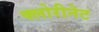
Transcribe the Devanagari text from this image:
क्लोरीनेट